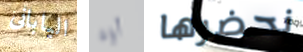
اليابانى أوه نحضرها